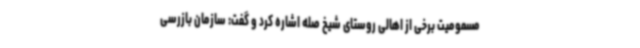
مسمومیت برخی از اهالی روستای شیخ صله اشاره کرد و گفت: سازمان بازرسی